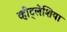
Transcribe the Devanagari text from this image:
व्हीट्लेशिया